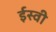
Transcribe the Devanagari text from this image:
र्इस्वी